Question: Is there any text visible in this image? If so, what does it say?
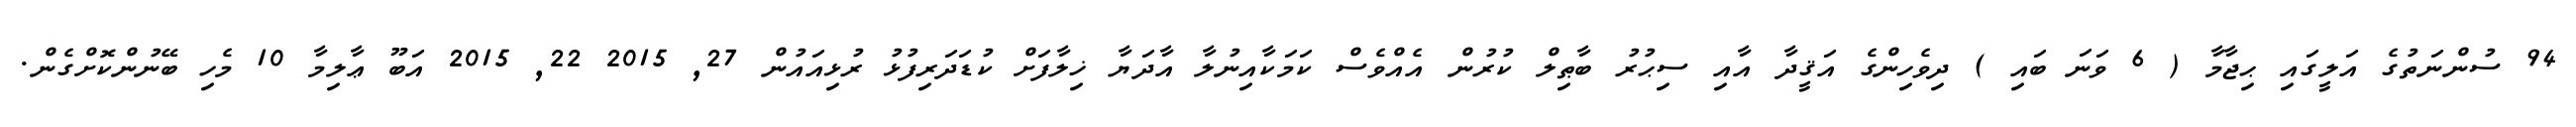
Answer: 94 ސުންނަތުގެ އަލީގައި ޙިޖާމާ ( 6 ވަނަ ބައި ) ދިވެހިންގެ އަޤީދާ އާއި ސިޙުރު ބާޠިލް ކުރުން އެއްވެސް ކަމަކާއިނުލާ އާދަޔާ ޚިލާފަށް ކުޑަދަރިފުޅު ރުޅިއައުން 27, 2015 22, 2015 އަބޫ ޢާލިމާ 10 މެހި ބޭނުންކޮށްގެން.